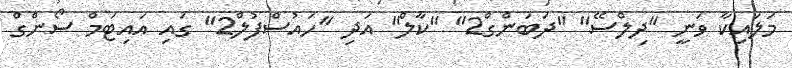
މަލައިކާ ވަނީ "ދިލްސޭ" "ދަބަންގް2" "ކާލް" އަދި "ހައުސްފުލް2" ގައި އައިޓަމް ސޯންގް